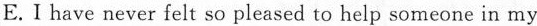
E.I have never felt so pleased to help someone in my